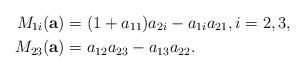
LaTeX: \begin{align*} M_{1i}(\textbf{a}) &= (1+a_{11})a_{2i}-a_{1i}a_{21}, i=2,3, \\M_{23}(\textbf{a}) &= a_{12}a_{23}-a_{13}a_{22}.\end{align*}